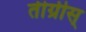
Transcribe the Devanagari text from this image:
तीग्रीस्